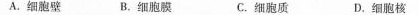
A.细胞壁B.细胞膜 C.细胞质 D.细胞核